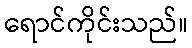
ရောင်ကိုင်းသည်။